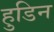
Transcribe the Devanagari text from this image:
हुडिन